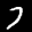
Label: 7